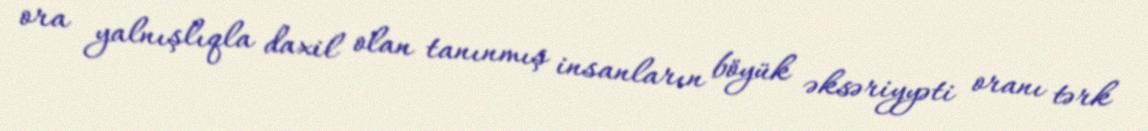
ora yalnışlıqla daxil olan tanınmış insanların böyük əksəriyyəti oranı tərk